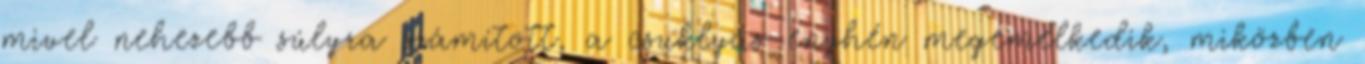
mivel nehezebb súlyra számított, a csuklyás enyhén megemelkedik, miközben